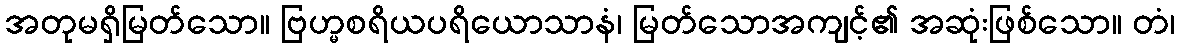
အတုမရှိမြတ်သော။ ဗြဟ္မစရိယပရိယောသာနံ၊ မြတ်သောအကျင့်၏ အဆုံးဖြစ်သော။ တံ၊